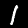
Digit: 1